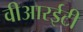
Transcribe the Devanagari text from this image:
वीआरईटी